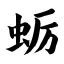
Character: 蛎